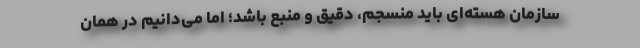
سازمان هسته‌ای باید منسجم، دقیق و منبع باشد؛ اما می‌دانیم در همان